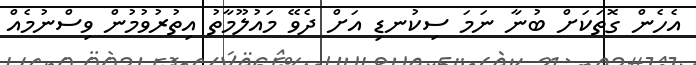
އެހެން ގޮތަކަށް ބުނާ ނަމަ ސިކުނޑި އަށް ދެވޭ މައުލޫމާތު އިތުރުވުމުން ވިސްނުމެއް